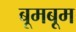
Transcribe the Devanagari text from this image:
बूमबूम